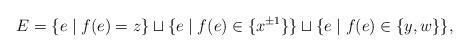
LaTeX: \begin{align*}E = \{e \mid f(e) = z\} \sqcup \{e \mid f(e) \in \{x^{\pm1}\}\} \sqcup \{e \mid f(e) \in \{y,w\}\},\end{align*}